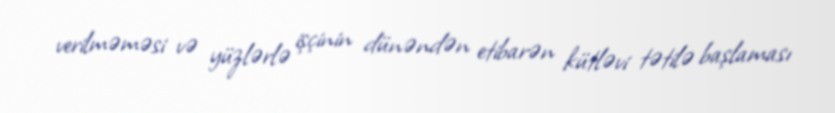
verilməməsi və yüzlərlə işçinin dünəndən etibarən kütləvi tətilə başlaması